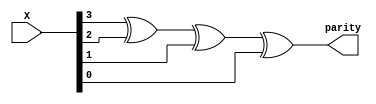
module evenparity(X,parity);
	input [0:3] X;
	output parity;
	assign parity = X[0]^X[1]^X[2]^X[3];
endmodule